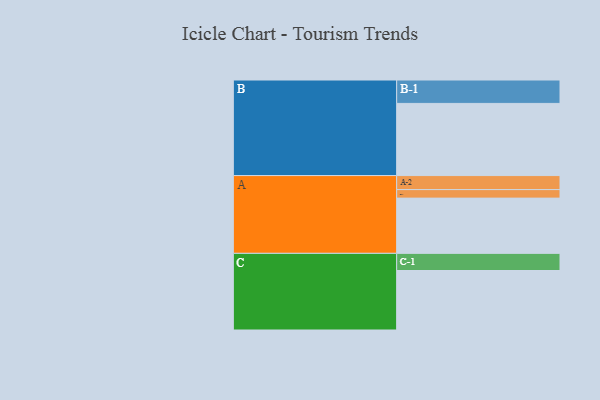
{"axis": {"x": "Segment", "y": "Value"}, "legend": ["", "A", "B", "C"], "data": [{"x": "A", "y": 441, "type": ""}, {"x": "B", "y": 576, "type": ""}, {"x": "C", "y": 475, "type": ""}, {"x": "A-1", "y": 68, "type": "A"}, {"x": "A-2", "y": 112, "type": "A"}, {"x": "B-1", "y": 187, "type": "B"}, {"x": "C-1", "y": 137, "type": "C"}]}